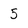
Character: 5